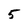
Character: 5